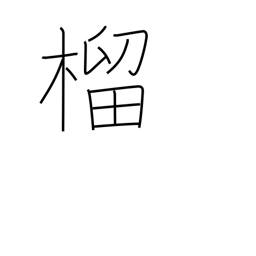
Meaning: pomegranate